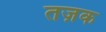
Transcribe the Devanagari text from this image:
तज़क